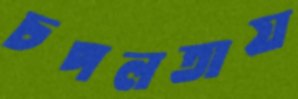
চপলতায়